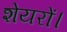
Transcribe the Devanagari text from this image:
शेयरों।